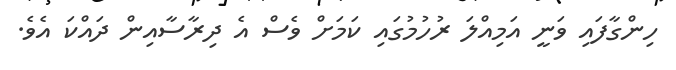
ހިންގާފައި ވަނީ އަމިއްލަ ރުހުމުގައި ކަމަށް ވެސް އެ ދިރާސާއިން ދައްކަ އެވެ.